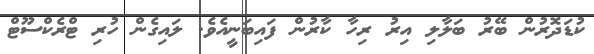
ކުޑަދޮރުން ބޭރު ބަލާލި އިރު ރިހާ ކާރުން ފައިބަނީއެވެ. ލައިގެން ހުރި ޓްރެކްސޫޓް